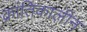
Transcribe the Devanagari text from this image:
क्रांतिकालीन